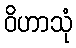
ဝိဟာသုံ